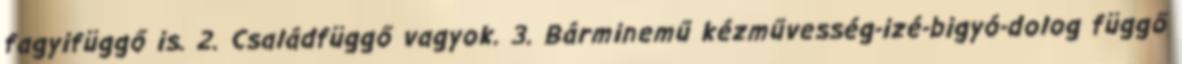
fagyifüggő is. 2. Családfüggő vagyok. 3. Bárminemű kézművesség-izé-bigyó-dolog függő